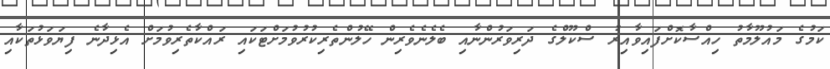
ކަމުގެ މައުލޫމާތު ހިއްސާކޮށްފައިވާއިރު ސްކޫލްގެ ދަރިވަރުންނާއި ބެލެނެވެރިން ހޭލުންތެރިކުރުވުމަށްޓަކައި ރައްކާތެރިވުމަށް އެޅިދާނެ ފިޔަވަޅުތަކާއި